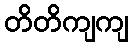
တိတိကျကျ